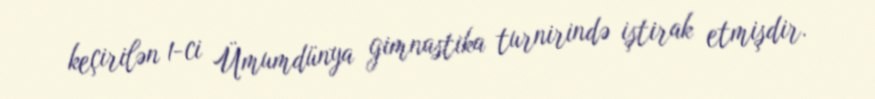
keçirilən 1-ci Ümumdünya gimnastika turnirində iştirak etmişdir.